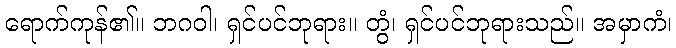
ရောက်ကုန်၏။ ဘဂဝါ၊ ရှင်ပင်ဘုရား။ တွံ၊ ရှင်ပင်ဘုရားသည်။ အမှာကံ၊